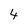
Character: 4